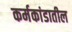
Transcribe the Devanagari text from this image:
कर्मकांडातील